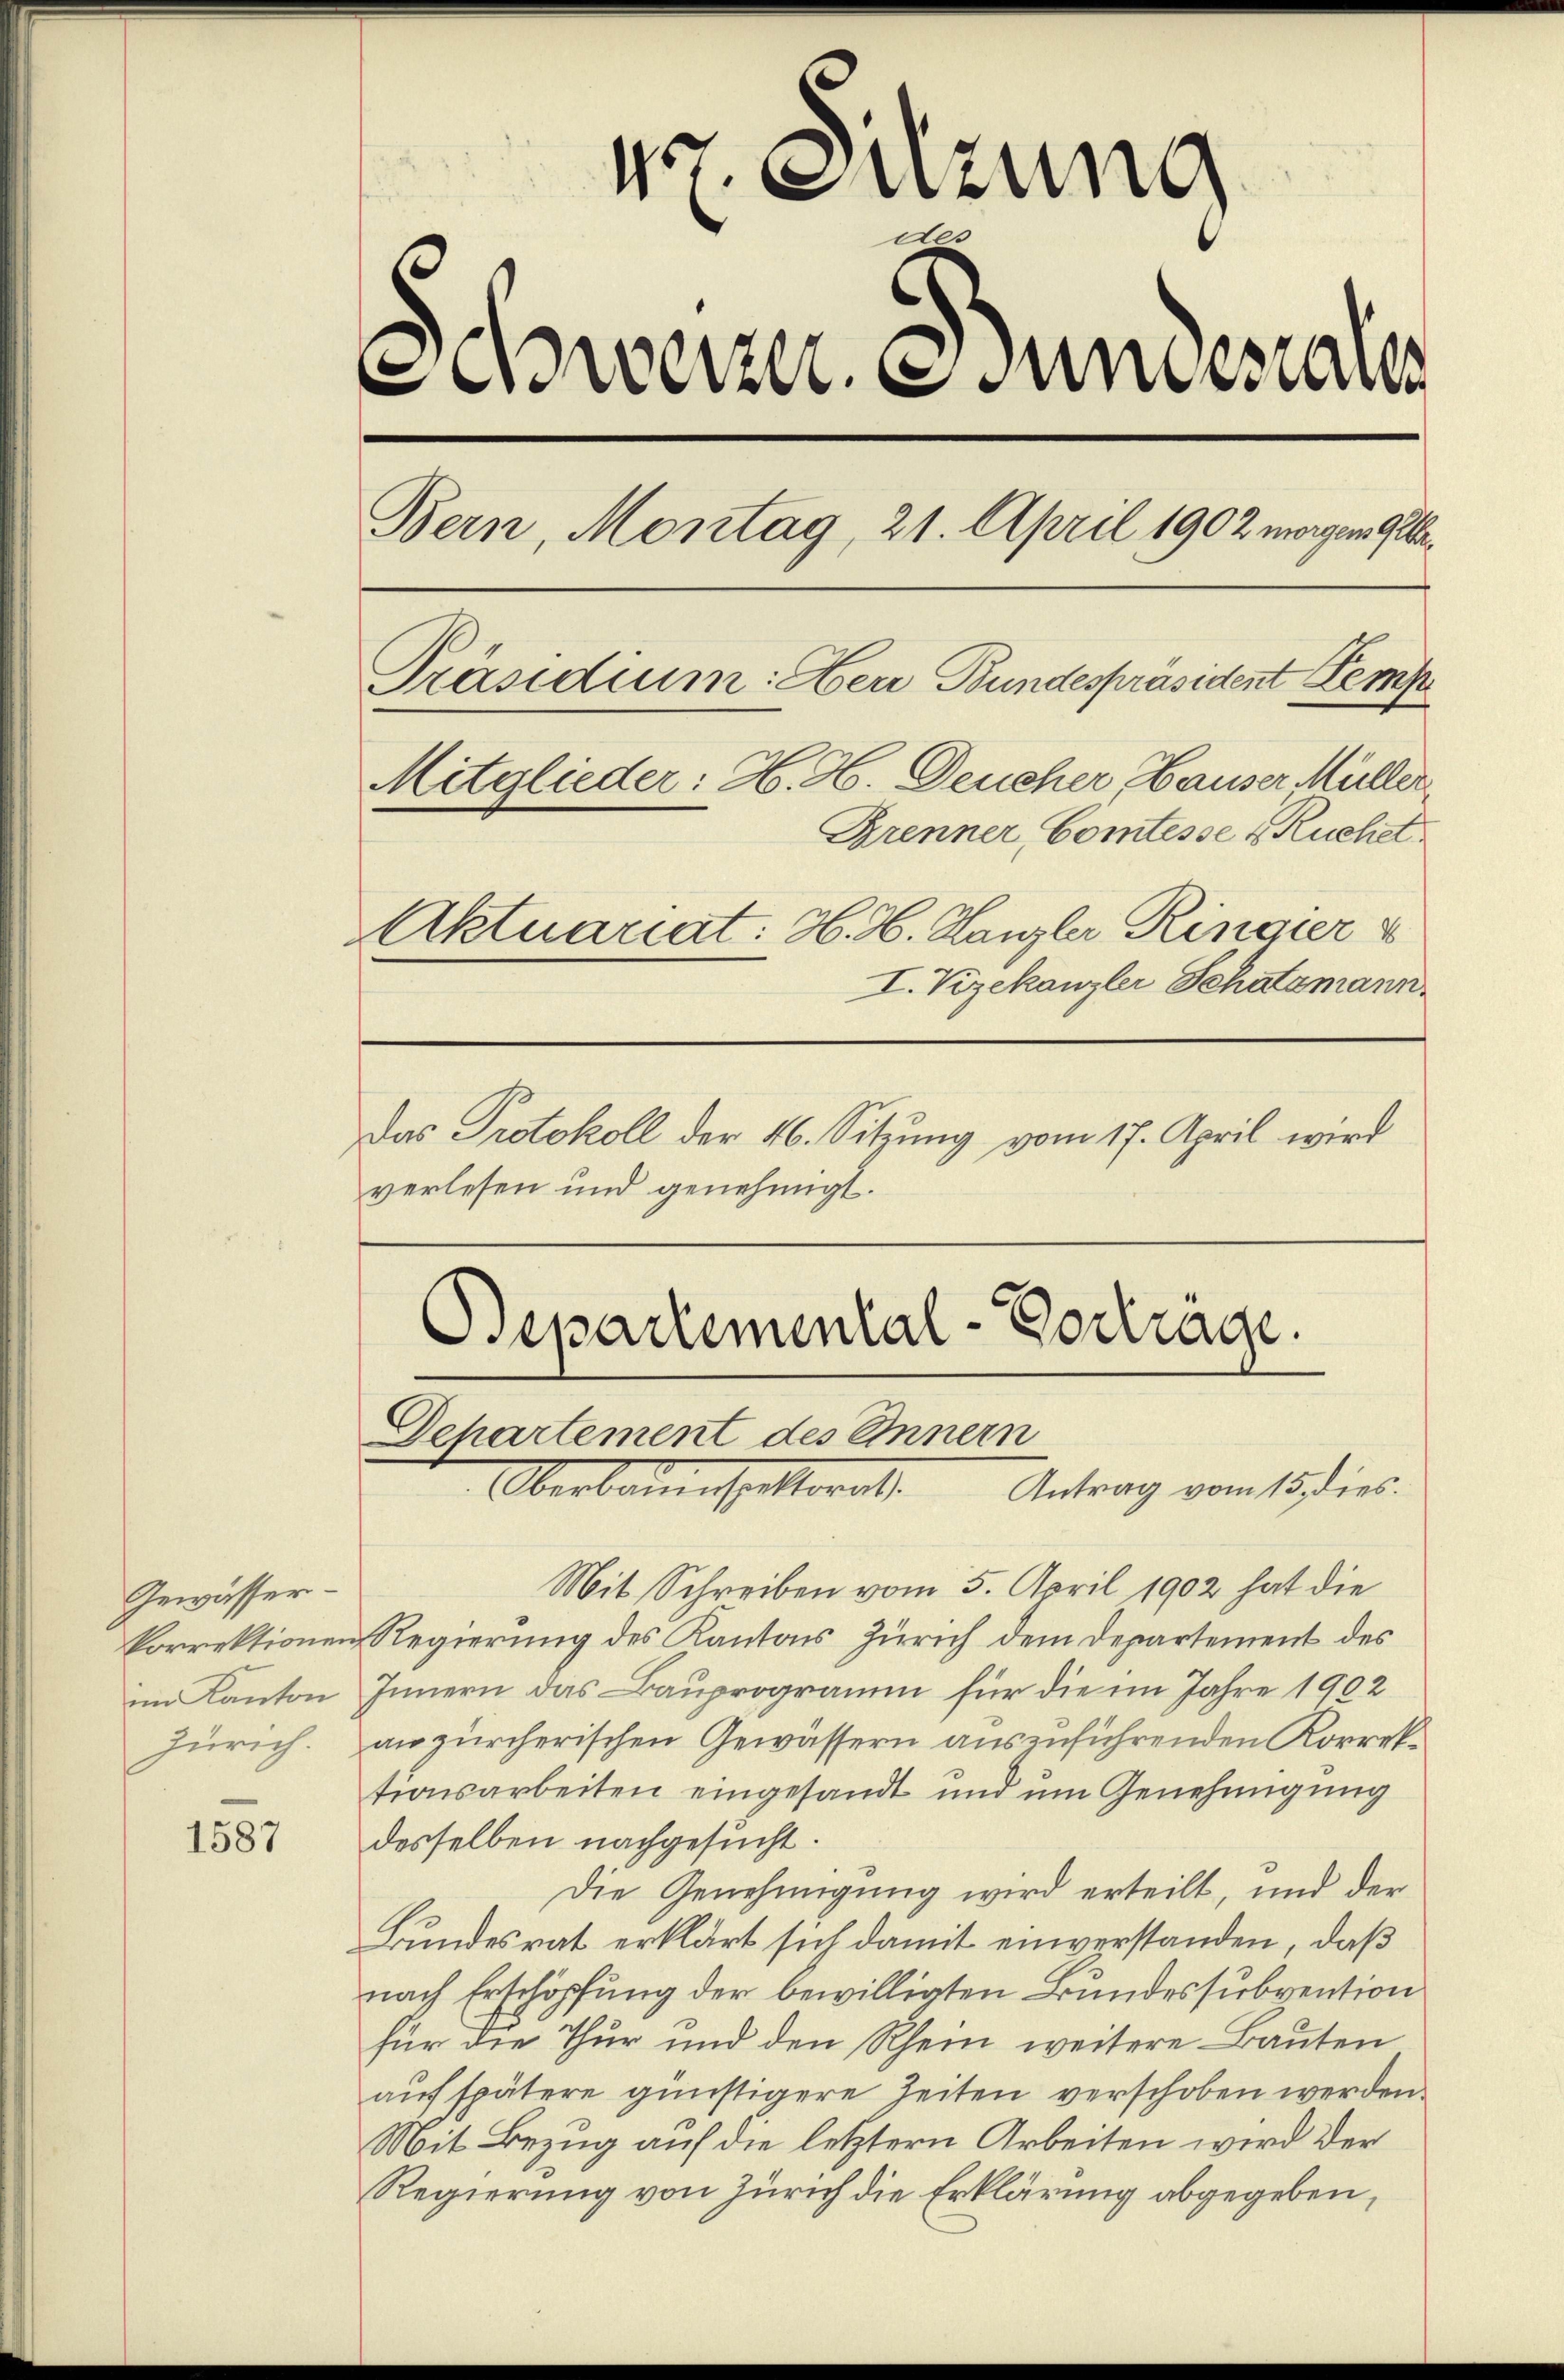
Gewässer-
im Kanton

1587

pr. Sitzung
et.
werzere Fundesraten
Bern, Montag, 21. April 1902 morgen Ge¬
Präsidium: Herr Bundespräsident Kemp
Mitglieder: H. H. Deucher Hauser Müller
Brenner Comtesse & Ruchet
Aktuariat: H. H. Kanzler Ringier
I. Vizekanzlei Schatzmann.
Das Protokoll der 46. Sitzung vom 17. April wird
verlesen und genehmigt.

Bepartemental-Vortrage.
Dchartement des Innern
Oberbauenstatterat.
Antrag vom 15. dies.

Mit Schreiben vom 5. April 1902 hat die
korrektionen Regierung des Kantons Zürich dem Departement des
Innern das Bauprogramm für die im Jahre 1902
Zürich. an zürcherischen Gewässern auszuführenden Korrektionsarbeiten eingesandt und um Genehmigung
desselben nachgesucht.
Die Genehmigung wird erteilt, und der
Bundesrat erklärt sich damit einverstanden, daß
nach Erschöpfung der bewilligten Bundessubvention
für die Thur und den Rhein weitere Bauten
aŭf spätere günstigere Zeiten verschoben werden.
Mit Bezug auf die letztern Arbeiten wird der
Regierung von Zürich die Erklärung abgegeben,